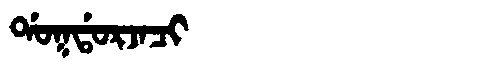
Manchu: ᡩᠣᡴᡩᠣᡵᠵᠠᠴᡳ
Romanization: DOKDORJACI